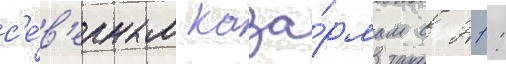
с'е́в'ерным каза́рмам с 21: